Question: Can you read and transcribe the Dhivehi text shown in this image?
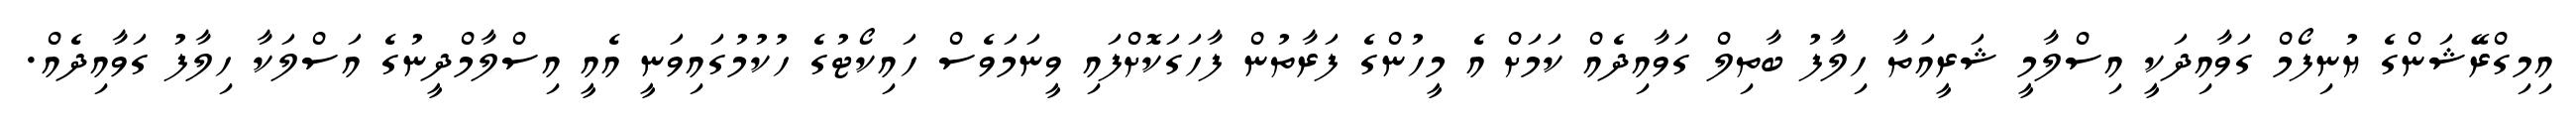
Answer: އިމިގްރޭޝަންގެ ޔުނިފޯމް ގަވާއިދަކީ އިސްލާމީ ޝަރީއަތާ ހިލާފު ބާތިލް ގަވާއިދެއް ކަމަށް އެ މީހުންގެ ފަރާތުން ފާހަގަކޮށްފައި ވީނަމަވެސް ހައިކޯޓުގެ ހުކުމުގައިވަނީ އެއީ އިސްލާމްދީނުގެ އަސްލަކާ ހިލާފު ގަވާއިދެއް.